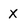
Character: X